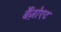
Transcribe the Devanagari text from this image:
बैंज़ोएट